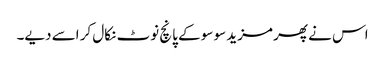
اس نے پھر مزید سو سو کے پانچ نوٹ نکال کر اسے دیے۔